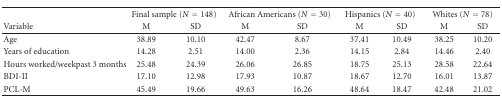
|  | <COLSPAN=2> Final sample (N = 148) | <COLSPAN=2> African Americans (N = 30) | <COLSPAN=2> Hispanics (N = 40) | <COLSPAN=2> Whites (N = 78) |
 | Variable | M | SD | M | SD | M | SD | M | SD |
 | --- | --- | --- | --- | --- | --- | --- | --- | --- |
 | Age | 38.89 | 10.10 | 42.47 | 8.67 | 37.41 | 10.49 | 38.25 | 10.20 |
 | Years of education | 14.28 | 2.51 | 14.00 | 2.36 | 14.15 | 2.84 | 14.46 | 2.40 |
 | Hours worked/week past 3 months | 25.48 | 24.39 | 26.06 | 26.85 | 18.75 | 25.13 | 28.58 | 22.64 |
 | BDI-II | 17.10 | 12.98 | 17.93 | 10.87 | 18.67 | 12.70 | 16.01 | 13.87 |
 | PCL-M | 45.49 | 19.66 | 49.63 | 16.26 | 48.64 | 18.47 | 42.48 | 21.02 |